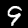
Label: 9